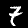
Digit: 7